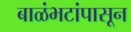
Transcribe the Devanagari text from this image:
बाळंभटांपासून